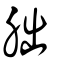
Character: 朏